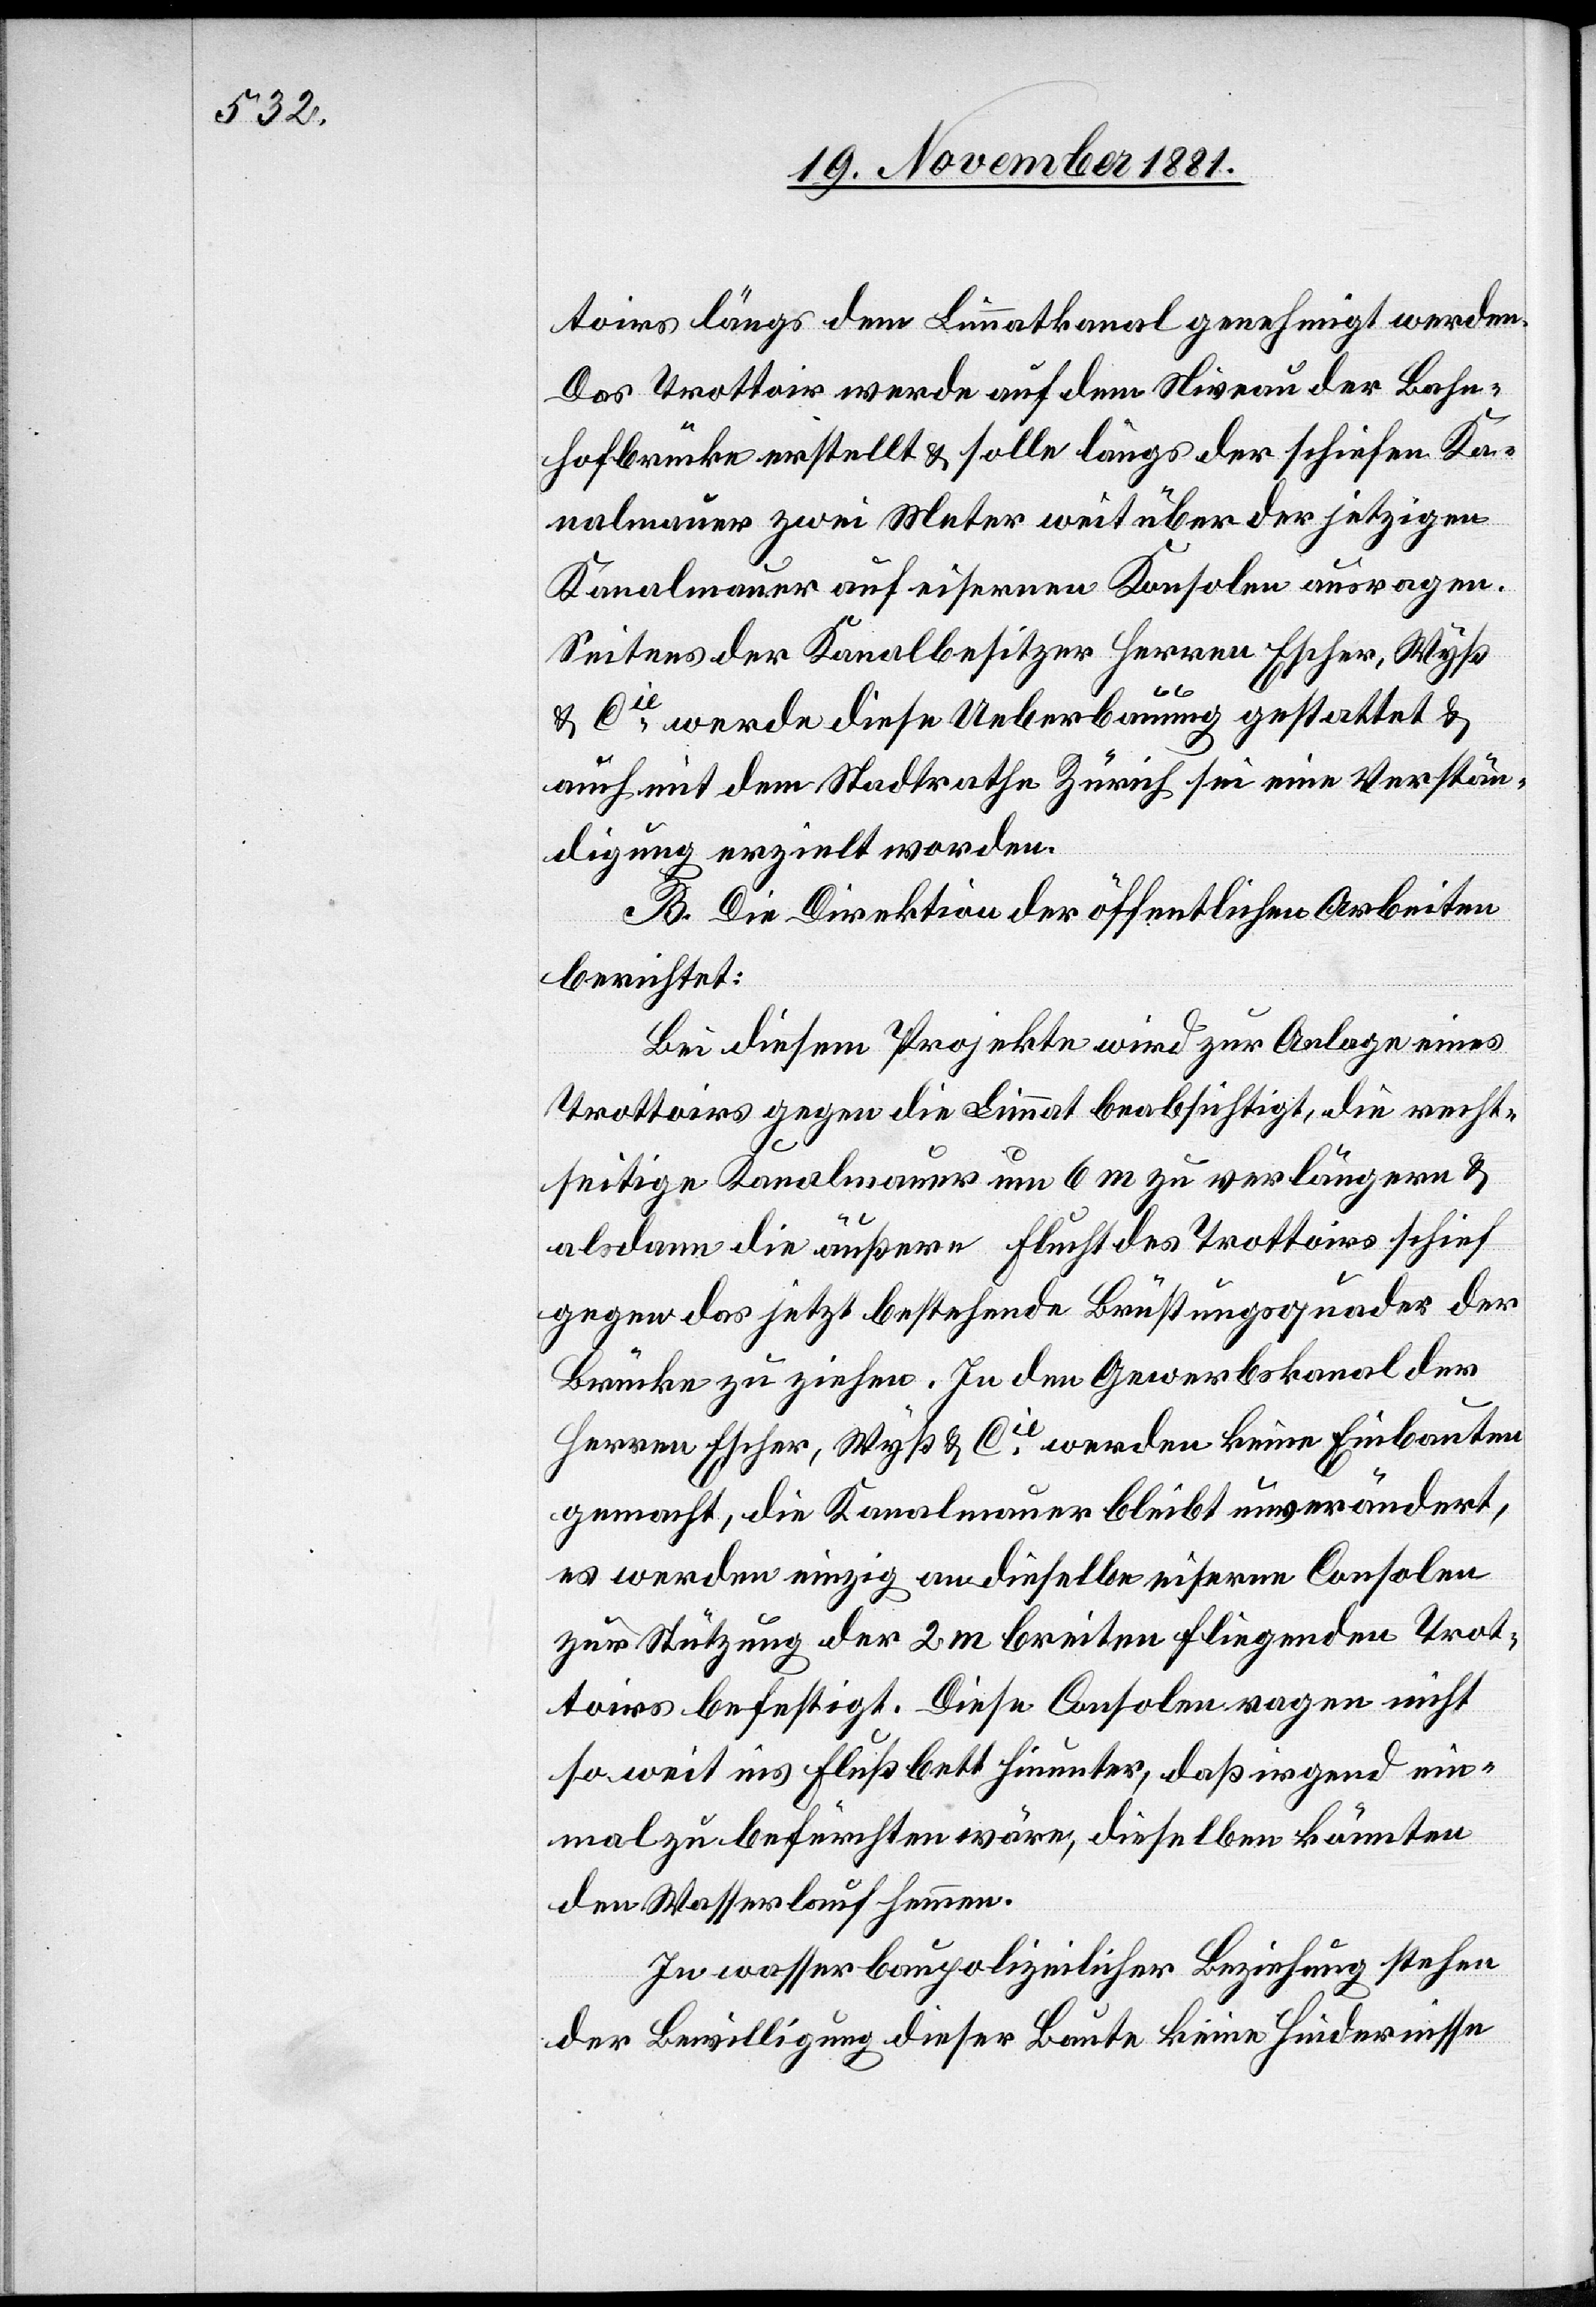
toirs längs dem Limmatkanal genehmigt werden.
Das Trottoir werde auf dem Niveau der Bahn¬
hofbrücke erstellt & solle längs der schiefen Ka¬
nalmauer zwei Meter weit über der jetzigen
Kanalmauer auf eisernen Konsolen ausragen.
Seitens der Kanalbesitzer Herren Escher, Wyß
& Cie werde diese Ueberbauung gestattet &
auch mit dem Stadtrathe Zürich sei eine Verstän¬
digung erzielt worden.
B. Die Direktion der öffentlichen Arbeiten
berichtet:
Bei diesem Projekte wird zur Anlage eines
Trottoirs gegen die Limmat beabsichtigt, die recht¬
seitige Kanalmauer um 6 m zu verlängern &
alsdann die äußere Flucht des Trottoirs schief
gegen das jetzt bestehende Brüstungsquader der
Brücke zu ziehen. In den Gewerbskanal der
Herren Escher, Wyß & Cie werden keine Einbauten
gemacht, die Kanalmauer bleibt unverändert,
es werden einzig an dieselbe eiserne Consolen
zur Stützung der 2 m breiten fliegenden Trot¬
toirs befestigt. Diese Consolen ragen nicht
so weit ins Flußbett hinunter, daß irgend ein¬
mal zu befürchten wäre, dieselben könnten
den Wasserlauf hemmen.
In wasserbaupolizeilicher Beziehung stehen
der Bewilligung dieser Baute keine Hindernisse